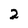
Character: 2